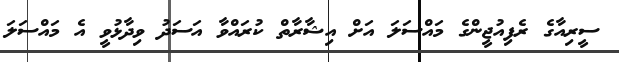
ސީރިއާގެ ރެފިއުޖީންގެ މައްސަލަ އަށް އިޝާރާތް ކުރައްވާ އަސަދު ވިދާޅުވީ އެ މައްސަލަ